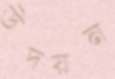
উদয়ন